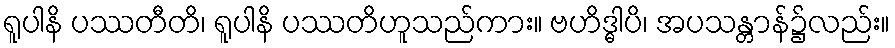
ရူပါနိ ပဿတီတိ၊ ရူပါနိ ပဿတိဟူသည်ကား။ ဗဟိဒ္ဓါပိ၊ အပသန္တာန်၌လည်း။